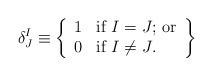
LaTeX: \begin{align*}\delta^I_J \equiv \left\{ \begin{array}{ll} 1 & \mbox{if $I = J$; or} \\ 0 & \mbox{if $I \neq J$.} \\ \end{array} \right\}\end{align*}